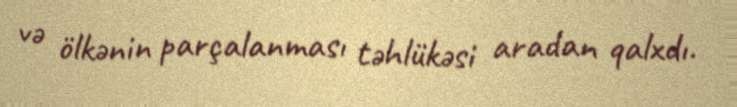
və ölkənin parçalanması təhlükəsi aradan qalxdı.